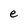
Character: e